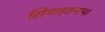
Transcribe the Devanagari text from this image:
सियाहतनामा